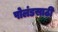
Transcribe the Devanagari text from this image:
पोलंडसाठी